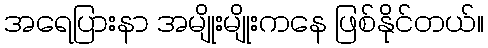
အရေပြားနာ အမျိုးမျိုးကနေ ဖြစ်နိုင်တယ်။